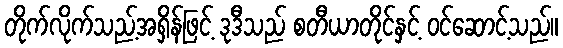
တိုက်လိုက်သည့်အရှိန်ဖြင့် ဒုဒီသည် စတီယာတိုင်နှင့် ဝင်ဆောင့်သည်။